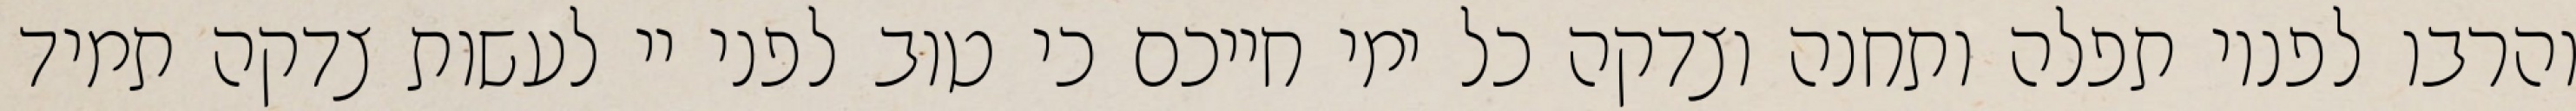
והרבו לפניו תפלה ותחנה וצדקה כל ימי חייכם כי טוב לפני יי לעשות צדקה תמיד